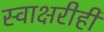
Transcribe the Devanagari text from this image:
स्वाक्षरीही